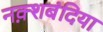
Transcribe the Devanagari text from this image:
नक़्शबंदिया